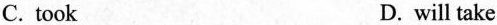
C.took D.will take